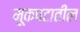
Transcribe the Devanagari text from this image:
मूकपटातील